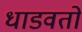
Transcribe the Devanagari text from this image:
धाडवतो